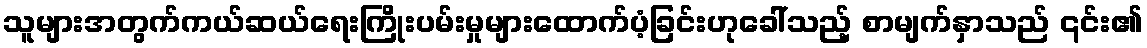
သူများအတွက်ကယ်ဆယ်ရေးကြိုးပမ်းမှုများထောက်ပံ့ခြင်းဟုခေါ်သည့် စာမျက်နှာသည် ၎င်း၏